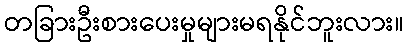
တခြားဦးစားပေးမှုများမရနိုင်ဘူးလား။